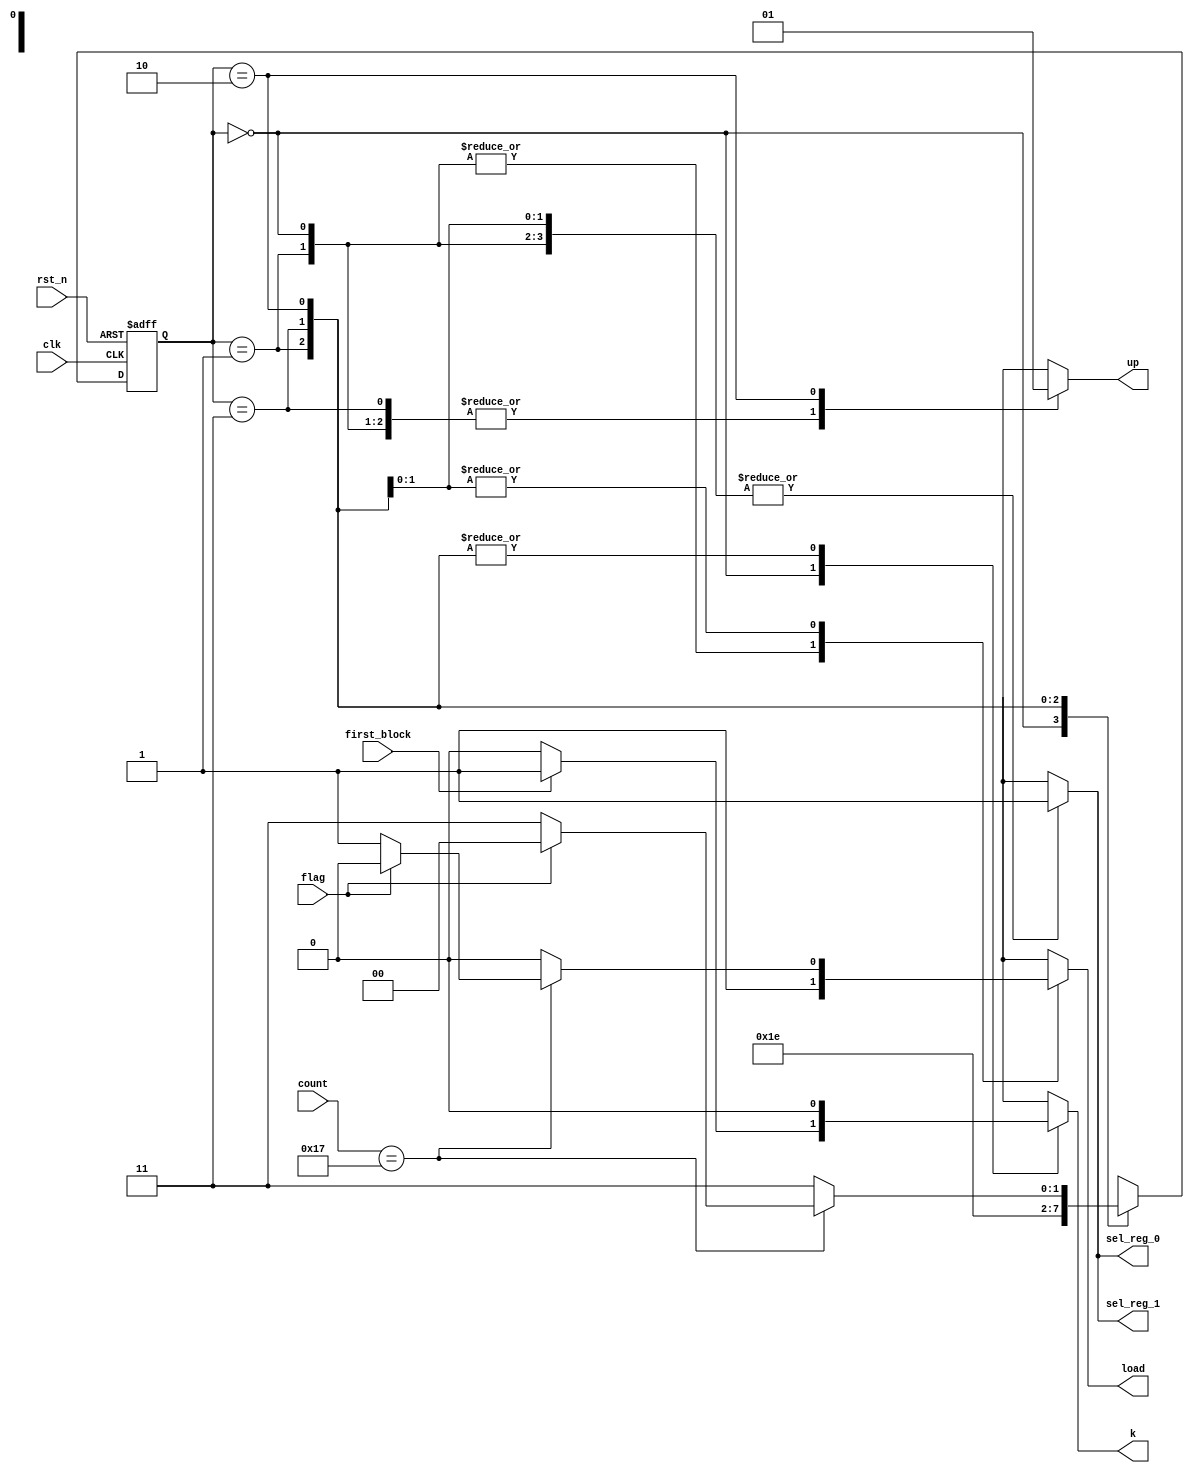
module controller_2stage_ver2(
    input               clk,
    input               rst_n,
    input               first_block,
    input               flag,
    input       [4:0]   count,
    output  reg         load,
    // output  reg         sel_mux,
    output  reg         sel_reg_0,
    output  reg         sel_reg_1,
    // output  reg [1:0]   current_state,
    // output  reg [1:0]   next_state,
    // output  reg         rst_1_syn,
    output  reg         up,
    output  reg         k
);
    
    localparam S0 = 2'd0;
    localparam S1 = 2'd1;
    localparam S2 = 2'd3;
    localparam S3 = 2'd2;
    // integer i = 0;
    reg [1:0]  current_state;
    reg [1:0]  next_state;
    always @(*) begin
    case(current_state)
        S0: begin   // new1 - none
            up = 1'd0; 
            sel_reg_0 = 1'b1; sel_reg_1 = 1'b1;
            // rst_1_syn = 1'b0;

            load = 1'b1;

            if(first_block) begin
                k = 1'b1;
            end
            else begin
                k = 1'b0;
            end
            next_state = S1;
        end
        S1: begin   // new2 - i1
            up = 1'd0; 
            sel_reg_0 = 1'b1; sel_reg_1 = 1'b1;  k = 1'b0;
            // rst_1_syn = 1'b0;

            load = 1'b1;

            next_state = S2;
            // next_state = S1;
        end  
        S2: begin   // o1/none - i2
            up = 1'b0;  
            sel_reg_0 = 1'b1; sel_reg_1 = 1'b1; 
            k = 1'b0;

            // load = 1'd0;
            if (count == 5'd23) begin
                if(~flag) begin
                    load = 1'd1;
                end
                else load = 1'd0;
            end else begin
                load = 1'd0;
            end
            next_state = S3;
            
        end
        S3: begin   // o2/none - none
            up = 1'd1; 
            sel_reg_0 = 1'b1; sel_reg_1 = 1'b1;
            
            k = 1'b0;
            // load = 1'b0;

            if (count == 5'd23)     // quay lai thuc hien Round moi 
            begin
                if(~flag) begin
                    load = 1'd1;
                    next_state = S2;
                end
                else begin
                    load = 1'd0;
                    next_state = S0;        
                end
            end
            else
            begin
                load = 1'b0;
                next_state = S2; 
            end

            // next_state = S0;
        end
        default: begin
            load = 1'b0; up = 1'd0;
            sel_reg_0 = 1'b0; sel_reg_1 = 1'b0; 
            k = 1'b0;
            next_state = S0; 
        end 
    endcase
    end
    always @(posedge clk, negedge rst_n) begin
        if(~rst_n) 
            current_state <= S0;
        else 
            current_state <= next_state;
    end
endmodule